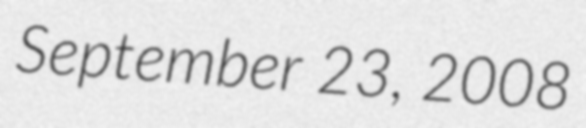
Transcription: September 23, 2008